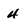
Character: 4